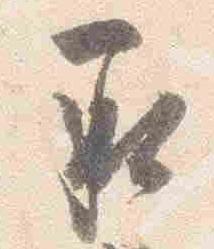
承